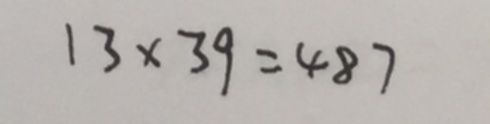
1 3 \times 3 9 = 4 8 7